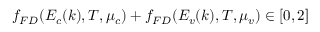
f _ { F D } ( E _ { c } ( k ) , T , \mu _ { c } ) + f _ { F D } ( E _ { v } ( k ) , T , \mu _ { v } ) \in [ 0 , 2 ]